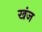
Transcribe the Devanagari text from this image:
खंज